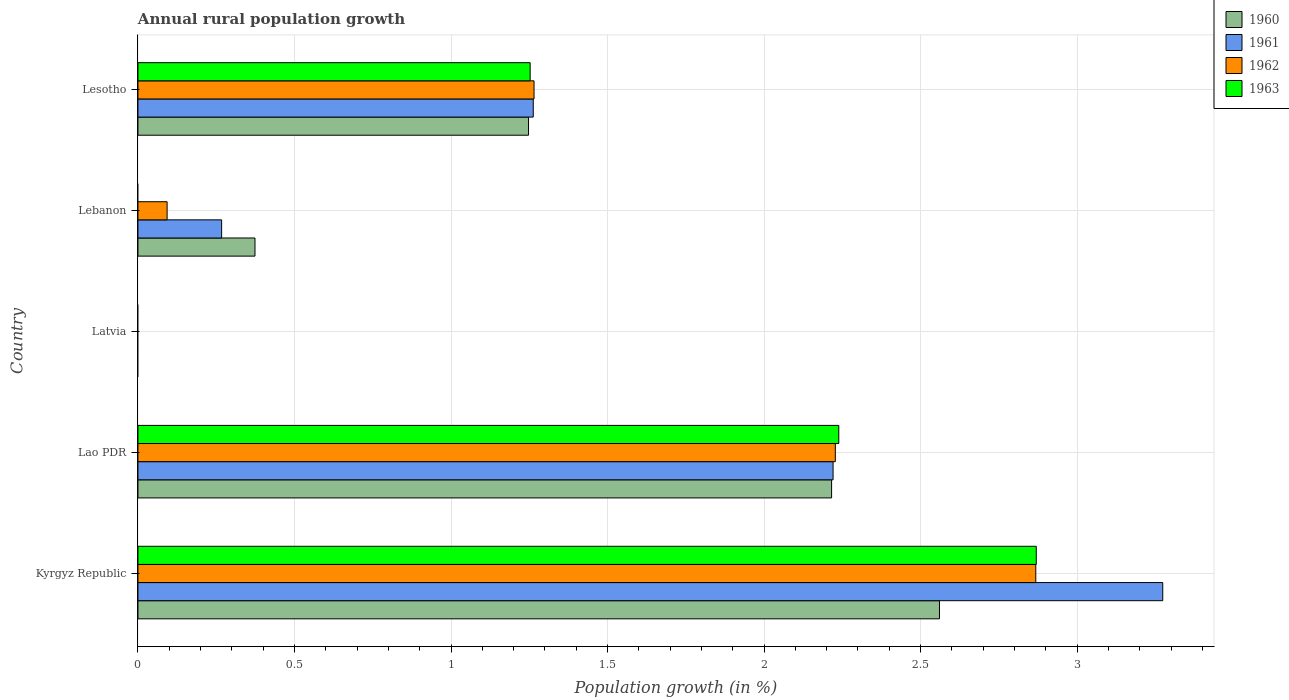
| Country | 1960 | 1961 | 1962 | 1963 |
 | --- | --- | --- | --- | --- |
 | Kyrgyz Republic | 2.56 | 3.27 | 2.87 | 2.87 |
 | Lao PDR | 2.22 | 2.22 | 2.23 | 2.24 |
 | Latvia | -0.995 | -0.22 | -0.399 | -0.423 |
 | Lebanon | 0.374 | 0.267 | 0.0931 | -0.174 |
 | Lesotho | 1.25 | 1.26 | 1.27 | 1.25 |